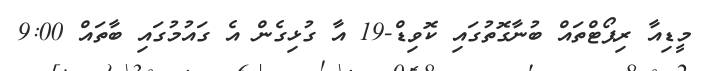
މީޑިއާ ރިޕޯޓްތައް ބުނާގޮތުގައި ކޮވިޑް-19 އާ ގުޅިގެން އެ ގައުމުގައި ބާތައް 9:00